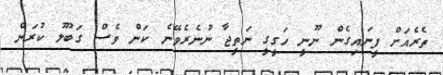
ތެރެއަށް ފީނައިގެން ނޫނީ ހަގީގީ ނަތީޖާ ނުނެރެވޭނެ ކަން ވެސް ގަބޫލު ކުރަން